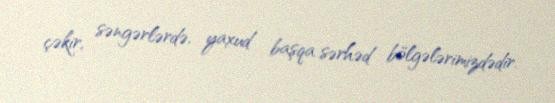
çəkir, səngərlərdə, yaxud başqa sərhəd bölgələrimizdədir.